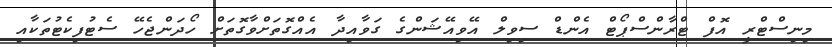
މިނިސްޓްރީ އޮފް ޓްރާންސްޕޯޓް އެންޑް ސިވިލް އޭވިއޭޝަންގެ ގަވާއިދާ އެއްގޮތަށްވާގޮތަށް ހޯދަންޖެހޭ ސެޓުފިކެޓުތަކާއި